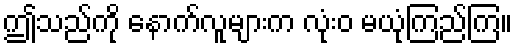
ဤသည်ကို နောက်လူများက လုံးဝ မယုံကြည်ကြ။